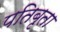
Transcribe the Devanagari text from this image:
पतिबृता